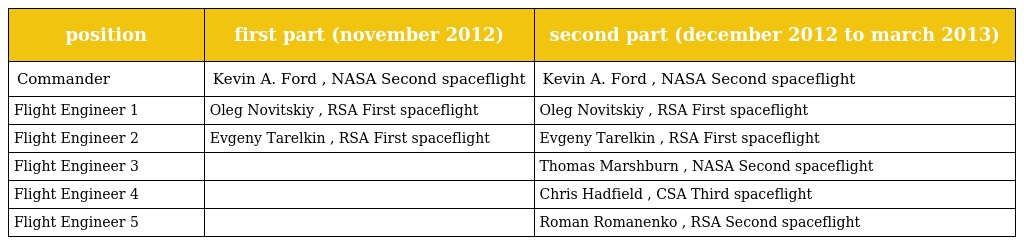
| position | first part (november 2012) | second part (december 2012 to march 2013) |
 | --- | --- | --- |
 | Commander | Kevin A. Ford , NASA Second spaceflight | Kevin A. Ford , NASA Second spaceflight |
 | Flight Engineer 1 | Oleg Novitskiy , RSA First spaceflight | Oleg Novitskiy , RSA First spaceflight |
 | Flight Engineer 2 | Evgeny Tarelkin , RSA First spaceflight | Evgeny Tarelkin , RSA First spaceflight |
 | Flight Engineer 3 |  | Thomas Marshburn , NASA Second spaceflight |
 | Flight Engineer 4 |  | Chris Hadfield , CSA Third spaceflight |
 | Flight Engineer 5 |  | Roman Romanenko , RSA Second spaceflight |